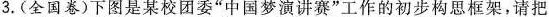
3.(全国卷)下图是某校团委”中国梦演讲赛”工作的初步构思框架，请把